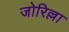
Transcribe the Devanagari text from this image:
जोरिल्ला